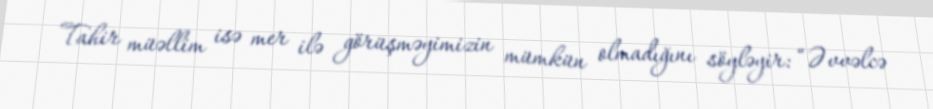
Tahir müəllim isə mer ilə görüşməyimizin mümkün olmadığını söyləyir: “Əvvəlcə